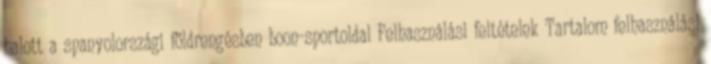
halott a spanyolországi földrengésben boon-sportoldal Felhasználási feltételek Tartalom felhasználási